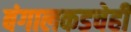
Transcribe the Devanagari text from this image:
बंगालकडचेही